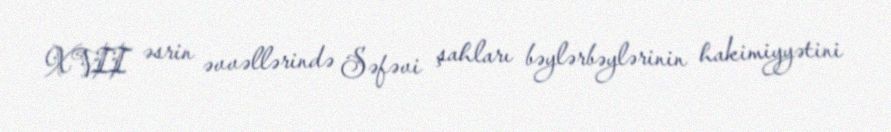
XVII əsrin əvvəllərində Səfəvi şahları bəylərbəylərinin hakimiyyətini